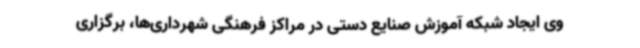
وی ایجاد شبکه آموزش صنایع دستی در مراکز فرهنگی شهرداری‌ها، برگزاری